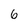
Character: 6